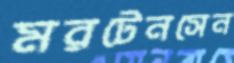
মরটেনসেন